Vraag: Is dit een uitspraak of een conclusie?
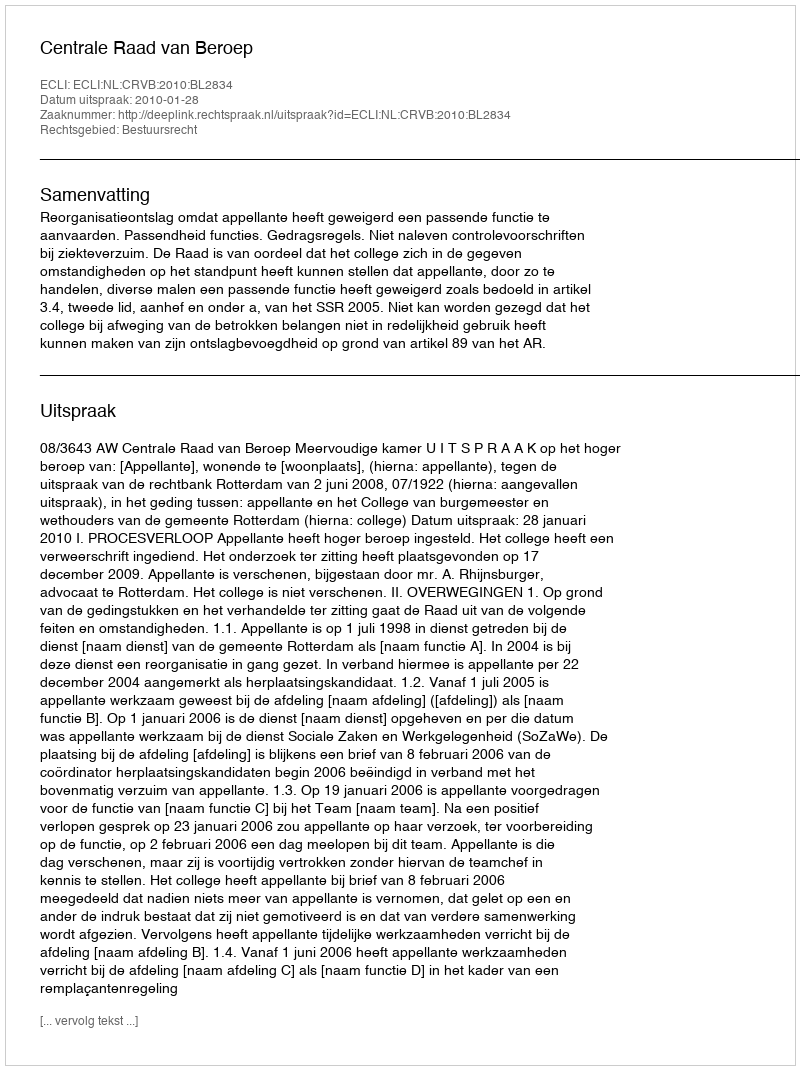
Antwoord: Uitspraak